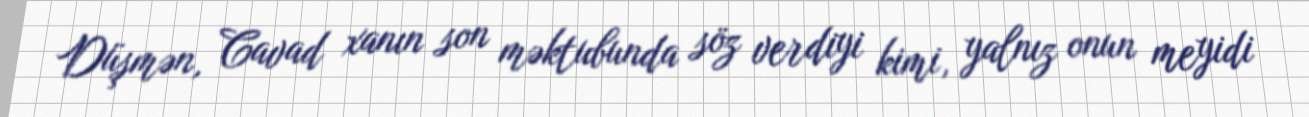
Düşmən, Cavad xanın son məktubunda söz verdiyi kimi, yalnız onun meyidi